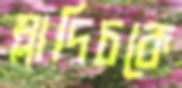
ম্লাদিচকে